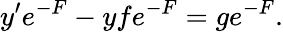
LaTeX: y^{\prime}e^{-F}-yfe^{-F}=ge^{-F}.